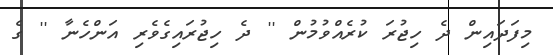
މިފަދައިން ދެ ހިޖުރަ ކުރެއްވުމުން '' ދެ ހިިޖުރައިގެވެރި އަންހެނާ '' ގެ